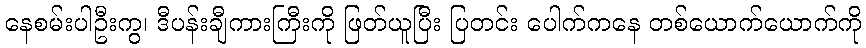
နေစမ်းပါဦးကွ၊ ဒီပန်းချီကားကြီးကို ဖြတ်ယူပြီး ပြတင်း ပေါက်ကနေ တစ်ယောက်ယောက်ကို